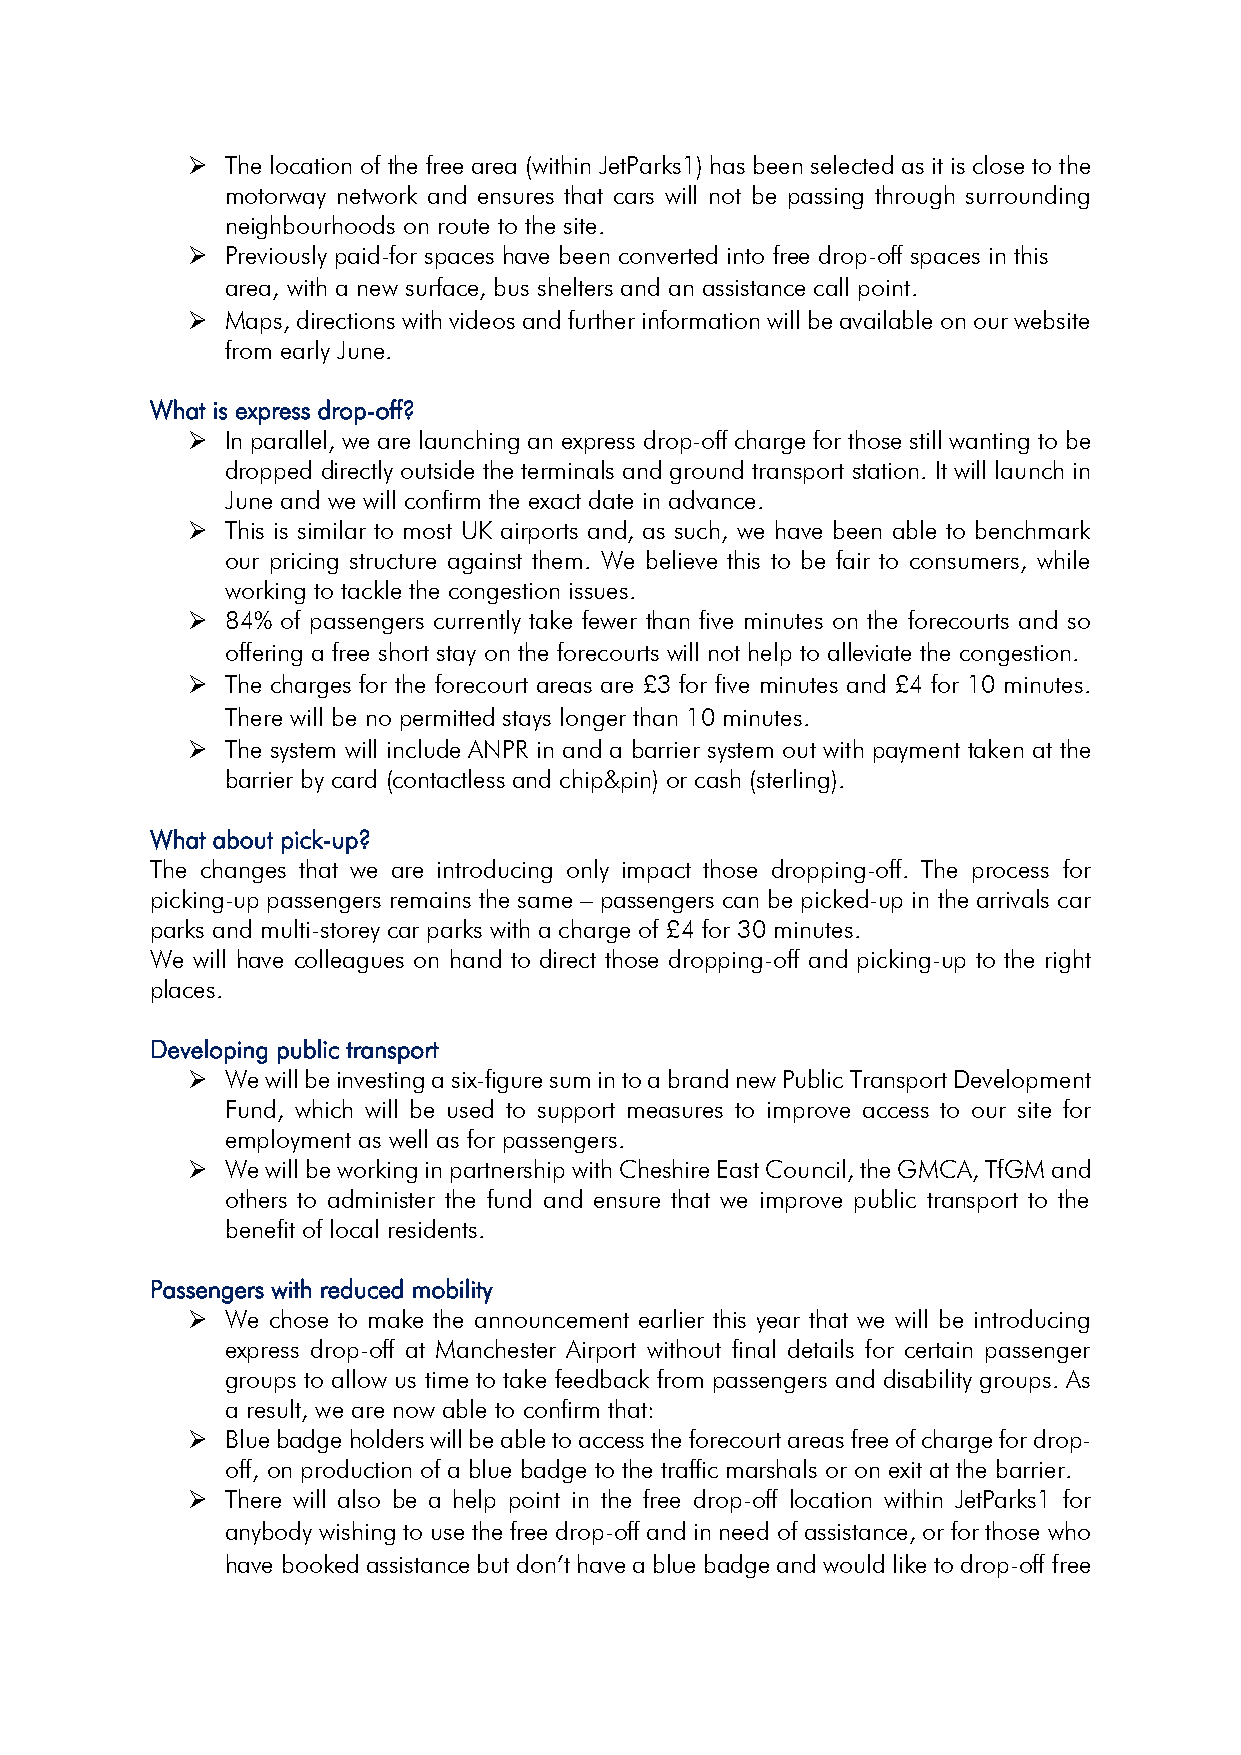
➢  The location of the free area (within JetParks1) has been selected as it is close to the
 motorway network and ensures that cars will not be passing through surrounding
 neighbourhoods on route to the site.
 ➢  Previously paid-for spaces have been converted into free drop-off spaces in this
 area, with a new surface, bus shelters and an assistance call point.
 ➢  Maps, directions with videos and further information will be available on our website
 from early June.
 What is express drop-off?
 ➢  In parallel, we are launching an express drop-off charge for those still wanting to be
 dropped directly outside the terminals and ground transport station. It will launch in
 June and we will confirm the exact date in advance.
 ➢  This is similar to most UK airports and, as such, we have been able to benchmark
 our pricing structure against them. We believe this to be fair to consumers, while
 working to tackle the congestion issues.
 ➢  84% of passengers currently take fewer than five minutes on the forecourts and so
 offering a free short stay on the forecourts will not help to alleviate the congestion.
 ➢  The charges for the forecourt areas are £3 for five minutes and £4 for 10 minutes.
 There will be no permitted stays longer than 10 minutes.
 ➢  The system will include ANPR in and a barrier system out with payment taken at the
 barrier by card (contactless and chip&pin) or cash (sterling).
 What about pick-up?
 The changes that we are introducing only impact those dropping-off. The process for
 picking-up passengers remains the same – passengers can be picked-up in the arrivals car
 parks and multi-storey car parks with a charge of £4 for 30 minutes.
 We will have colleagues on hand to direct those dropping-off and picking-up to the right
 places.
 Developing public transport
 ➢  We will be investing a six-figure sum in to a brand new Public Transport Development
 Fund, which will be used to support measures to improve access to our site for
 employment as well as for passengers.
 ➢  We will be working in partnership with Cheshire East Council, the GMCA, TfGM and
 others to administer the fund and ensure that we improve public transport to the
 benefit of local residents.
 Passengers with reduced mobility
 ➢  We chose to make the announcement earlier this year that we will be introducing
 express drop-off at Manchester Airport without final details for certain passenger
 groups to allow us time to take feedback from passengers and disability groups. As
 a result, we are now able to confirm that:
 ➢  Blue badge holders will be able to access the forecourt areas free of charge for drop-
 off, on production of a blue badge to the traffic marshals or on exit at the barrier.
 ➢  There will also be a help point in the free drop-off location within JetParks1 for
 anybody wishing to use the free drop-off and in need of assistance, or for those who
 have booked assistance but don’t have a blue badge and would like to drop-off free